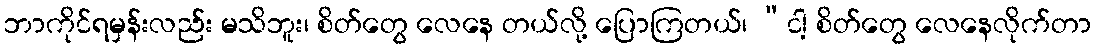
ဘာကိုင်ရမှန်းလည်း မသိဘူး၊ စိတ်တွေ လေနေ တယ်လို့ ပြောကြတယ်၊ “ငါ့ စိတ်တွေ လေနေလိုက်တာ